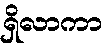
ရှိလာကာ